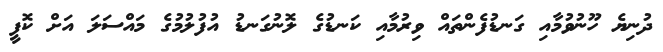
ދުނިޔެ ހޫނުވުމާއި ގަނޑުފެންތައް ވިރުމާއި ކަނޑުގެ ލޮނުގަނޑު އުފުލުމުގެ މައްސަލަ އަށް ކޮފީ